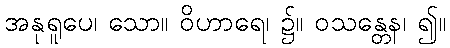
အနုရူပေ၊ သော။ ဝိဟာရေ၊ ၌။ ဝသန္တေန၊ ၍။